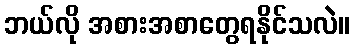
ဘယ်လို အစားအစာတွေရနိုင်သလဲ။